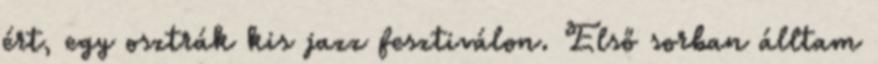
ért, egy osztrák kis jazz fesztiválon. Első sorban álltam